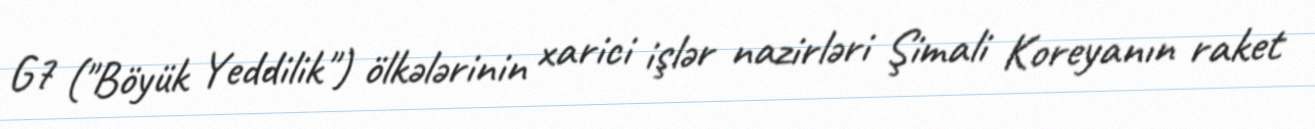
G7 ("Böyük Yeddilik") ölkələrinin xarici işlər nazirləri Şimali Koreyanın raket